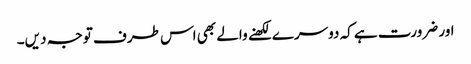
اور ضرورت ہے کہ دوسرے لکھنے والے بھی اس طرف توجہ دیں۔